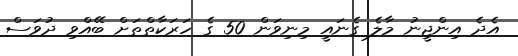
އެދެ އިންޖީނު މާލެ ގެނައީ މިނިވަން 50 ގެ ހަރަކާތްތަށް ބޭއްވި ދުވަސް